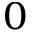
^ 0